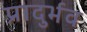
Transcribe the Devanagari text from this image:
प्रादुर्भव